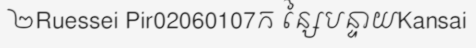
២Ruessei Pir02060107ក ន្សៃបន្ទាយKansai